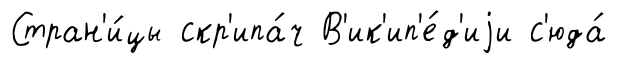
Стран'и́цы скр'ипа́ч В'ик'ип'е́д'иjи с'юда́